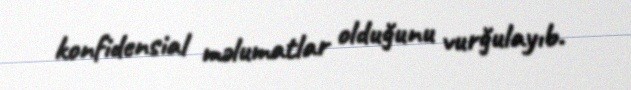
konfidensial məlumatlar olduğunu vurğulayıb.